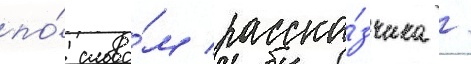
по́ слова́м расска́зчика /